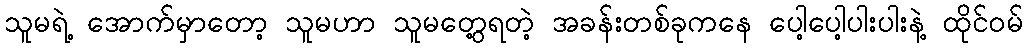
သူမရဲ့ အောက်မှာတော့ သူမဟာ သူမတွေ့ရတဲ့ အခန်းတစ်ခုကနေ ပေါ့ပေါ့ပါးပါးနဲ့ ထိုင်ဝမ်